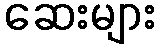
ဆေးများ